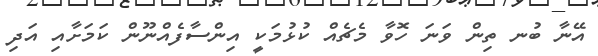
އޭނާ ބުނ ތިން ވަނަ ހޮވާ މެޗެއް ކުޅުމަކީ އިންސާފެއްނޫން ކަމަށާއި އަދި